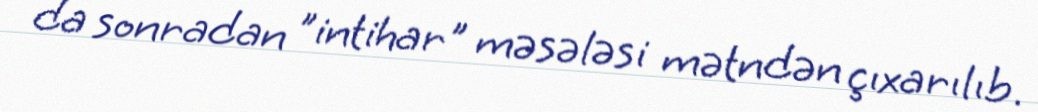
da sonradan "intihar" məsələsi mətndən çıxarılıb.